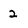
Character: 2